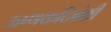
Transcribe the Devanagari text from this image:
ऊष्णकटिबंधी